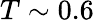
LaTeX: T\sim 0.6